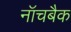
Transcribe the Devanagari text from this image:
नॉचबैक